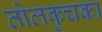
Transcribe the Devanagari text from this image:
तोलकुचका